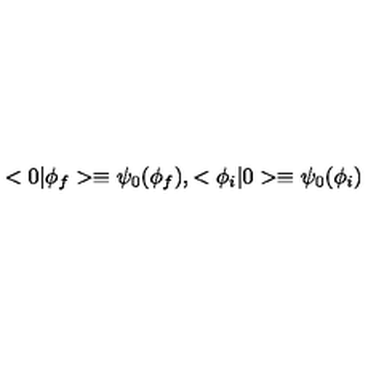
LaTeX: < 0 | \phi _ { f } > \equiv \psi _ { 0 } ( \phi _ { f } ) , < \phi _ { i } | 0 > \equiv \psi _ { 0 } ( \phi _ { i } )